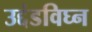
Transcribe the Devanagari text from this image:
उद्दंडविघ्न